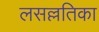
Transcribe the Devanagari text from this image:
लसल्लतिका